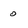
Character: o